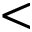
<